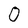
Character: 0